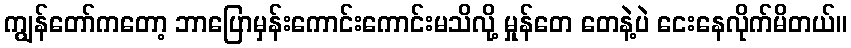
ကျွန်တော်ကတော့ ဘာပြောမှန်းကောင်းကောင်းမသိလို့ မှုန်တေ တေနဲ့ပဲ ငေးနေလိုက်မိတယ်။